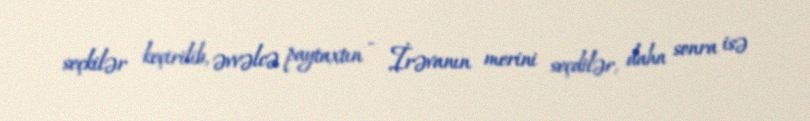
seçkilər keçirilib, əvvəlcə paytaxtın - İrəvanın merini seçdilər, daha sonra isə